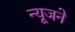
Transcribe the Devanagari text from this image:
न्यूजने